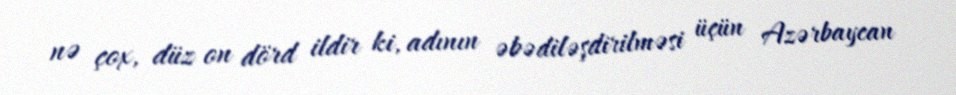
nə çox, düz on dörd ildir ki, adının əbədiləşdirilməsi üçün Azərbaycan